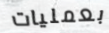
بعمليات